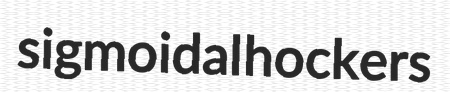
sigmoidal hockers